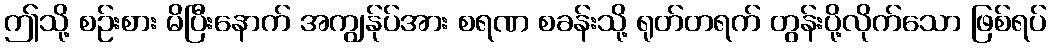
ဤသို့ စဉ်းစား မိပြီးနောက် အကျွန်ုပ်အား စရဏ စခန်းသို့ ရုတ်တရက် တွန်းပို့လိုက်သော ဖြစ်ရပ်